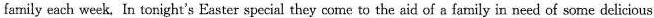
family each week. In tonight's Easter special they come to the aid of a family in need of some delicious